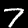
Digit: 7